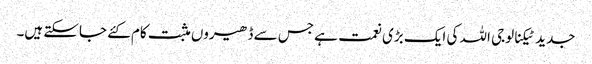
جدید ٹیکنالوجی اللہ کی ایک بڑی نعمت ہے جس سے ڈھیروں مثبت کام کئے جاسکتے ہیں۔